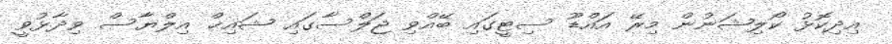
އިދިކޮޅު ކޯލިޝަނުން މިރޭ އައްޑޫ ސިޓީގައި ބޭއްވި ޖަލްސާގައި ޝައިޚް އިލްޔާސް ވިދާޅުވީ